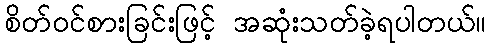
စိတ်ဝင်စားခြင်းဖြင့် အဆုံးသတ်ခဲ့ရပါတယ်။